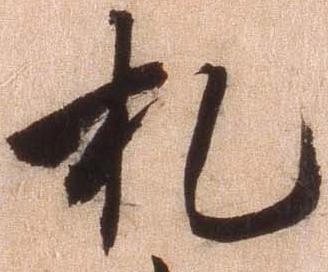
札